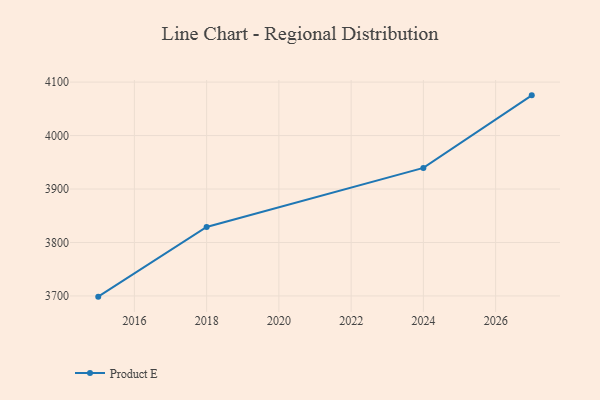
{"axis": {"x": "Year", "y": "Churn Rate (%)"}, "legend": ["Product E"], "data": [{"x": "2015", "y": 3698.7, "type": "Product E"}, {"x": "2018", "y": 3829.1, "type": "Product E"}, {"x": "2024", "y": 3939.5, "type": "Product E"}, {"x": "2027", "y": 4075.2, "type": "Product E"}]}